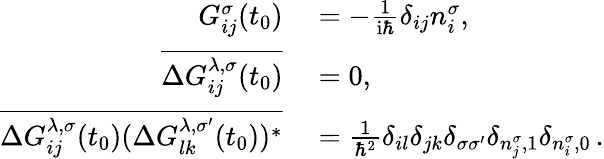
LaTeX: \begin{array}{rl}{G_{ij}^{\sigma}(t_{0})}&{{}=-\frac{1}{\mathrm{i}\hbar}\delta_{ij}n_{i}^{\sigma},}\\ {\overline{{\Delta G_{ij}^{\lambda,\sigma}(t_{0})}}}&{{}=0,}\\ {\overline{{\Delta G_{ij}^{\lambda,\sigma}(t_{0})(\Delta G_{lk}^{\lambda,\sigma^{\prime}}(t_{0}))^{*}}}}&{{}=\frac{1}{\hbar^{2}}\delta_{il}\delta_{jk}\delta_{\sigma\sigma^{\prime}}\delta_{n_{j}^{\sigma},1}\delta_{n_{i}^{\sigma},0}\, .}\end{array}